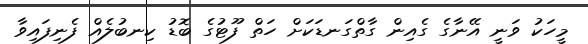
މީހަކު ވަނީ އޭނާގެ ގެއިން ގާތްގަނޑަކަށް ހަތް ފޫޓުގެ ބޮޑު ކިނބުލެއް ފެނިފައިވާ